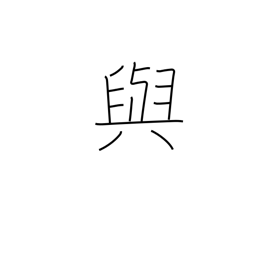
Meaning: provide